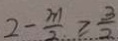
2 - \frac { m } { 2 } \geq \frac { 3 } { 2 }